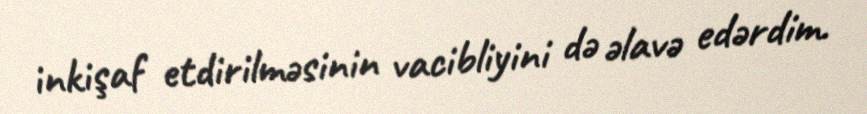
inkişaf etdirilməsinin vacibliyini də əlavə edərdim.